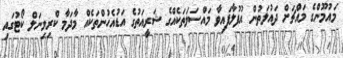
މައުމޫންގެ މައްޗަށް ދައުލަތުން އުފުލާފައިވާ މައްސަލަތަކެއްގެ ޝަރީއަތުގެ އަޑުއެހުންތަކެއް މާދަމާ ކްރިމިނަލް ކޯޓުގައި